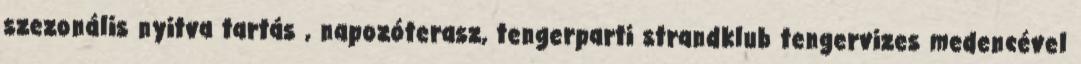
szezonális nyitva tartás , napozóterasz, tengerparti strandklub tengervizes medencével